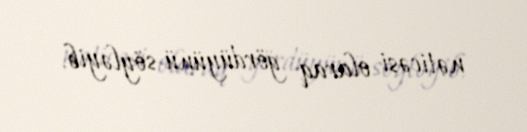
nəticəsi olaraq gördüyünü söyləyib.